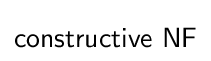
{\mathsf {constructive\ NF}}